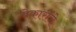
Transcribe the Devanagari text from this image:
बेकारींचे